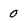
Character: 0